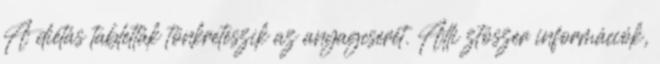
A diétás tabletták tönkreteszik az anyagcserét. Alli ztószer információk,